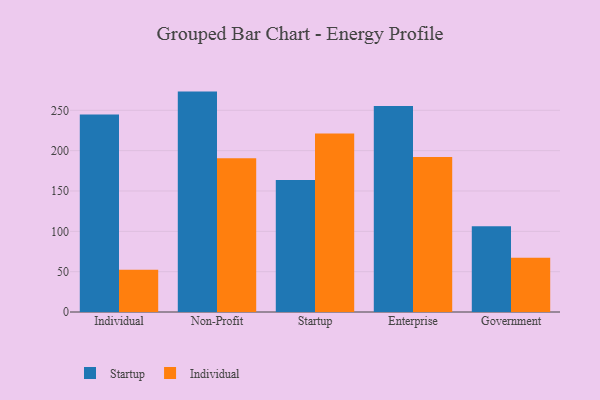
{"axis": {"x": "Segment", "y": "Bounce Rate (%)"}, "legend": ["Individual", "Startup"], "data": [{"x": "Individual", "y": 244.7, "type": "Startup"}, {"x": "Individual", "y": 52.5, "type": "Individual"}, {"x": "Non-Profit", "y": 273.2, "type": "Startup"}, {"x": "Non-Profit", "y": 190.6, "type": "Individual"}, {"x": "Startup", "y": 163.6, "type": "Startup"}, {"x": "Startup", "y": 221.2, "type": "Individual"}, {"x": "Enterprise", "y": 255.4, "type": "Startup"}, {"x": "Enterprise", "y": 192.0, "type": "Individual"}, {"x": "Government", "y": 106.4, "type": "Startup"}, {"x": "Government", "y": 67.1, "type": "Individual"}]}